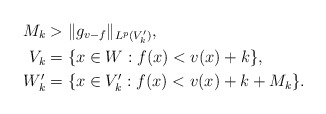
\begin{align*}M_k &> \|g_{v-f}\|_{L^p(V'_k)}, \\V_k &= \{x\in W: f(x)< v(x)+k\}, \\W'_k &= \{x\in V'_k: f(x) <v(x)+k+M_k\}.\end{align*}